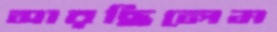
সারছিলেম